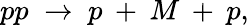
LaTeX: pp\; \rightarrow\; p\: +\: M\: +\: p,